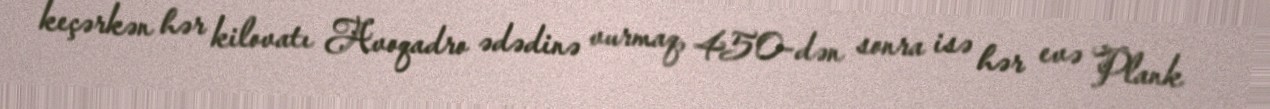
keçərkən hər kilovatı Avoqadro ədədinə vurmaq, 450-dən sonra isə hər evə Plank